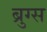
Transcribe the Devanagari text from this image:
ब्रुग्स